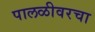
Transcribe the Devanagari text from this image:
पालळीवरचा